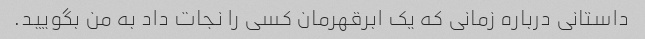
داستانی درباره زمانی که یک ابرقهرمان کسی را نجات داد به من بگویید.